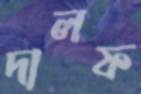
দালফ